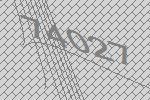
74027